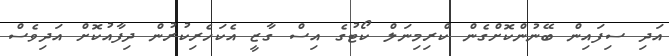
އަދި ސިފައިން ބޭނުންކޮށްގެން ކްރިމިނަލް ކޯޓުގެ އިސް ގާޒީ އެކަހެރިކުރުން ދިފާއުކޮށް އަދިވެސް